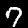
Digit: 7